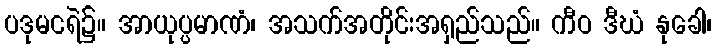
ပဒုမငရဲ၌။ အာယုပ္ပမာဏံ၊ အသက်အတိုင်းအရှည်သည်။ ကီဝ ဒီဃံ နုခေါ၊